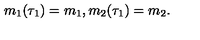
m _ { 1 } ( \tau _ { 1 } ) = m _ { 1 } , m _ { 2 } ( \tau _ { 1 } ) = m _ { 2 } .